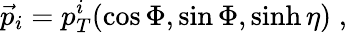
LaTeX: \vec{p}_{i}=p_{T}^{i}(\cos\Phi,\sin\Phi,\sinh\eta)\; ,